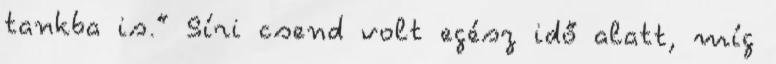
tankba is.” Síri csend volt egész idő alatt, míg